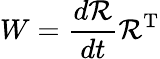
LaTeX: W={\frac{d{\mathcal{R}}}{dt}}{\mathcal{R}}^{\mathrm{T}}